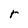
Character: r